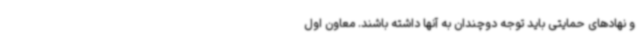
و نهادهای حمایتی باید توجه دوچندان به آنها داشته باشند. معاون اول